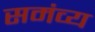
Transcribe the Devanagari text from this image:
समंव्य